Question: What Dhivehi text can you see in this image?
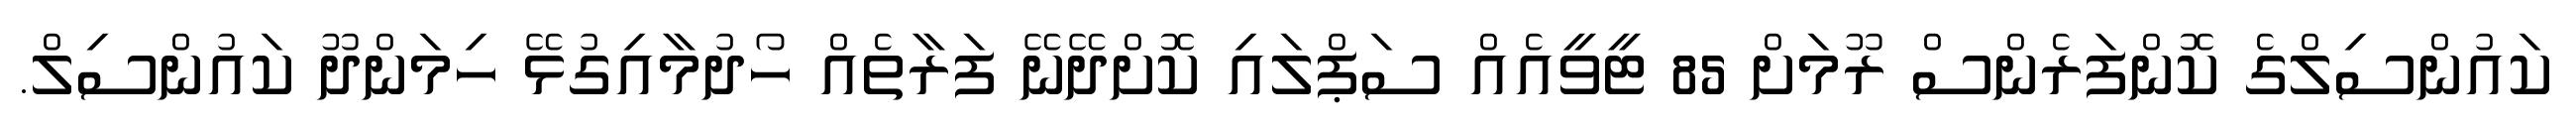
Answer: ކައުންސިލްގެ ކޮންފަރެންސް ރޫމަށް 85 ޓީވީއެއް ސަޕްލައި ކޮށްދޭނޭ ފަރާތެއް ހޯދުމާއިގުޅޭ ހިމަންދޫ ކައުންސިލް.